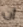
ان